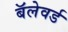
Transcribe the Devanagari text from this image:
बॅलेवर्ड